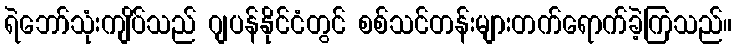
ရဲဘော်သုံးကျိပ်သည် ဂျပန်နိုင်ငံတွင် စစ်သင်တန်းများတက်ရောက်ခဲ့ကြသည်။